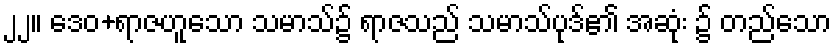
၂၂။ ဒေဝ+ရာဇဟူသော သမာသ်၌ ရာဇသည် သမာသ်ပုဒ်၏ အဆုံး ၌ တည်သော